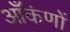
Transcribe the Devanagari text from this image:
आँकंणों